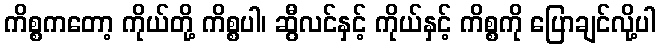
ကိစ္စကတော့ ကိုယ်တို့ ကိစ္စပါ၊ ဆွီလင်နှင့် ကိုယ်နှင့် ကိစ္စကို ပြောချင်လို့ပါ